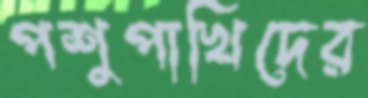
পশুপাখিদের